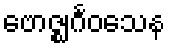
ဗောဇ္ဈင်္ဂဝသေန